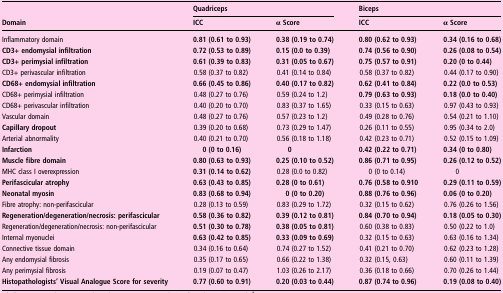
<table><thead><tr><td rowspan="2"><b>Domain</b></td><td colspan="2"><b>Quadriceps</b></td><td colspan="2"><b>Biceps</b></td></tr><tr><td><b>ICC</b></td><td><b>α Score</b></td><td><b>ICC</b></td><td><b>α Score</b></td></tr></thead><tbody><tr><td>Inflammatory domain</td><td><b>0.81 (0.61 to 0.93)</b></td><td><b>0.38 (0.19 to 0.74)</b></td><td><b>0.80 (0.62 to 0.93)</b></td><td><b>0.34 (0.16 to 0.68)</b></td></tr><tr><td><b>CD3+ endomysial infiltration</b></td><td><b>0.72 (0.53 to 0.89)</b></td><td><b>0.15 (0.0 to 0.39)</b></td><td><b>0.74 (0.56 to 0.90)</b></td><td><b>0.26 (0.08 to 0.54)</b></td></tr><tr><td><b>CD3+ perimysial infiltration</b></td><td><b>0.61 (0.39 to 0.83)</b></td><td><b>0.31 (0.05 to 0.67)</b></td><td><b>0.75 (0.57 to 0.91)</b></td><td><b>0.20 (0 to 0.44)</b></td></tr><tr><td>CD3+ perivascular infiltration</td><td>0.58 (0.37 to 0.82)</td><td>0.41 (0.14 to 0.84)</td><td>0.58 (0.37 to 0.82)</td><td>0.44 (0.17 to 0.90)</td></tr><tr><td><b>CD68+ endomysial infiltration</b></td><td><b>0.66 (0.45 to 0.86)</b></td><td><b>0.40 (0.17 to 0.82)</b></td><td><b>0.62 (0.41 to 0.84)</b></td><td><b>0.22 (0.0 to 0.53)</b></td></tr><tr><td>CD68+ perimysial infiltration</td><td>0.48 (0.27 to 0.76)</td><td>0.59 (0.24 to 1.2)</td><td><b>0.79 (0.63 to 0.93)</b></td><td><b>0.18 (0.0 to 0.40)</b></td></tr><tr><td>CD68+ perivascular infiltration</td><td>0.40 (0.20 to 0.70)</td><td>0.83 (0.37 to 1.65)</td><td>0.33 (0.15 to 0.63)</td><td>0.97 (0.43 to 0.93)</td></tr><tr><td>Vascular domain</td><td>0.48 (0.27 to 0.76)</td><td>0.57 (0.23 to 1.2)</td><td>0.49 (0.28 to 0.76)</td><td>0.54 (0.21 to 1.10)</td></tr><tr><td><b>Capillary dropout</b></td><td>0.39 (0.20 to 0.68)</td><td>0.73 (0.29 to 1.47)</td><td>0.26 (0.11 to 0.55)</td><td>0.95 (0.34 to 2.0)</td></tr><tr><td>Arterial abnormality</td><td>0.40 (0.21 to 0.70)</td><td>0.56 (0.18 to 1.18)</td><td>0.42 (0.23 to 0.71)</td><td>0.52 (0.15 to 1.09)</td></tr><tr><td><b>Infarction</b></td><td><b>0 (0 to 0.16)</b></td><td><b>0</b></td><td><b>0.42 (0.22 to 0.71)</b></td><td><b>0.34 (0 to 0.80)</b></td></tr><tr><td><b>Muscle fibre domain</b></td><td><b>0.80 (0.63 to 0.93)</b></td><td><b>0.25 (0.10 to 0.52)</b></td><td><b>0.86 (0.71 to 0.95)</b></td><td><b>0.26 (0.12 to 0.52)</b></td></tr><tr><td>MHC class I overexpression</td><td><b>0.31 (0.14 to 0.62)</b></td><td>0.28 (0.0 to 0.82)</td><td>0 (0 to 0.14)</td><td>0</td></tr><tr><td><b>Perifascicular atrophy</b></td><td><b>0.63 (0.43 to 0.85)</b></td><td><b>0.28 (0 to 0.61)</b></td><td><b>0.76 (0.58 to 0.910</b></td><td><b>0.29 (0.11 to 0.59)</b></td></tr><tr><td><b>Neonatal myosin</b></td><td><b>0.83 (0.68 to 0.94)</b></td><td><b>0 (0 to 0.20)</b></td><td><b>0.88 (0.76 to 0.96)</b></td><td><b>0.06 (0 to 0.20)</b></td></tr><tr><td>Fibre atrophy: non-perifascicular</td><td>0.28 (0.13 to 0.59)</td><td>0.83 (0.29 to 1.72)</td><td>0.32 (0.15 to 0.62)</td><td>0.76 (0.26 to 1.56)</td></tr><tr><td><b>Regeneration/degeneration/necrosis: perifascicular</b></td><td><b>0.58 (0.36 to 0.82)</b></td><td><b>0.39 (0.12 to 0.81)</b></td><td><b>0.84 (0.70 to 0.94)</b></td><td><b>0.18 (0.05 to 0.30)</b></td></tr><tr><td>Regeneration/degeneration/necrosis: non-perifascicular</td><td><b>0.51 (0.30 to 0.78)</b></td><td><b>0.38 (0.05 to 0.81)</b></td><td>0.60 (0.38 to 0.83)</td><td>0.50 (0.22 to 1.0)</td></tr><tr><td>Internal myonuclei</td><td><b>0.63 (0.42 to 0.85)</b></td><td><b>0.33 (0.09 to 0.69)</b></td><td>0.32 (0.15 to 0.63)</td><td>0.63 (0.16 to 1.34)</td></tr><tr><td>Connective tissue domain</td><td>0.34 (0.16 to 0.64)</td><td>0.74 (0.27 to 1.52)</td><td>0.41 (0.21 to 0.70)</td><td>0.62 (0.23 to 1.28)</td></tr><tr><td>Any endomysial fibrosis</td><td>0.35 (0.17 to 0.65)</td><td>0.66 (0.22 to 1.38)</td><td>0.32 (0.15, 0.63)</td><td>0.60 (0.11 to 1.39)</td></tr><tr><td>Any perimysial fibrosis</td><td>0.19 (0.07 to 0.47)</td><td>1.03 (0.26 to 2.17)</td><td>0.36 (0.18 to 0.66)</td><td>0.70 (0.26 to 1.44)</td></tr><tr><td><b>Histopathologists’ Visual Analogue Score for severity</b></td><td><b>0.77 (0.60 to 0.91)</b></td><td><b>0.20 (0.03 to 0.44)</b></td><td><b>0.87 (0.74 to 0.96)</b></td><td><b>0.19 (0.08 to 0.40)</b></td></tr></tbody></table>